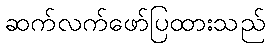
ဆက်လက်ဖော်ပြထားသည်